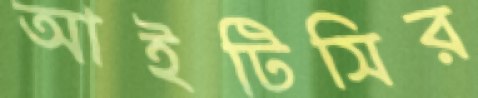
আইটিসির